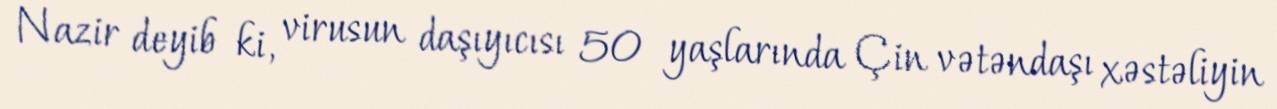
Nazir deyib ki, virusun daşıyıcısı 50 yaşlarında Çin vətəndaşı xəstəliyin